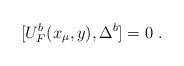
\begin{align*}[U^b_F(x_\mu , y),\Delta^b]=0~. \end{align*}